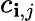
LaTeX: c_{\mathbf{i},j}